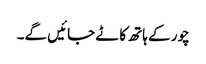
چور کے ہاتھ کاٹے جائیں گے۔